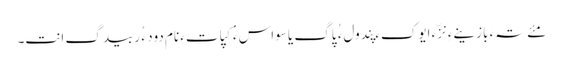
مئے تہءَ بازینےءِ نِزّءَ ایوکءَ پَندولء ُ پاگ یا سَواسء ُ کپاتءِ نام دود ء ُ ربیدگ اِنت۔